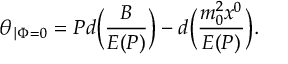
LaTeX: \theta _ { \mid \Phi = 0 } = P d \Bigl ( \frac { B } { E ( P ) } \Bigr ) - d \Bigl ( \frac { m _ { 0 } ^ { 2 } x ^ { 0 } } { E ( { P } ) } \Bigr ) .